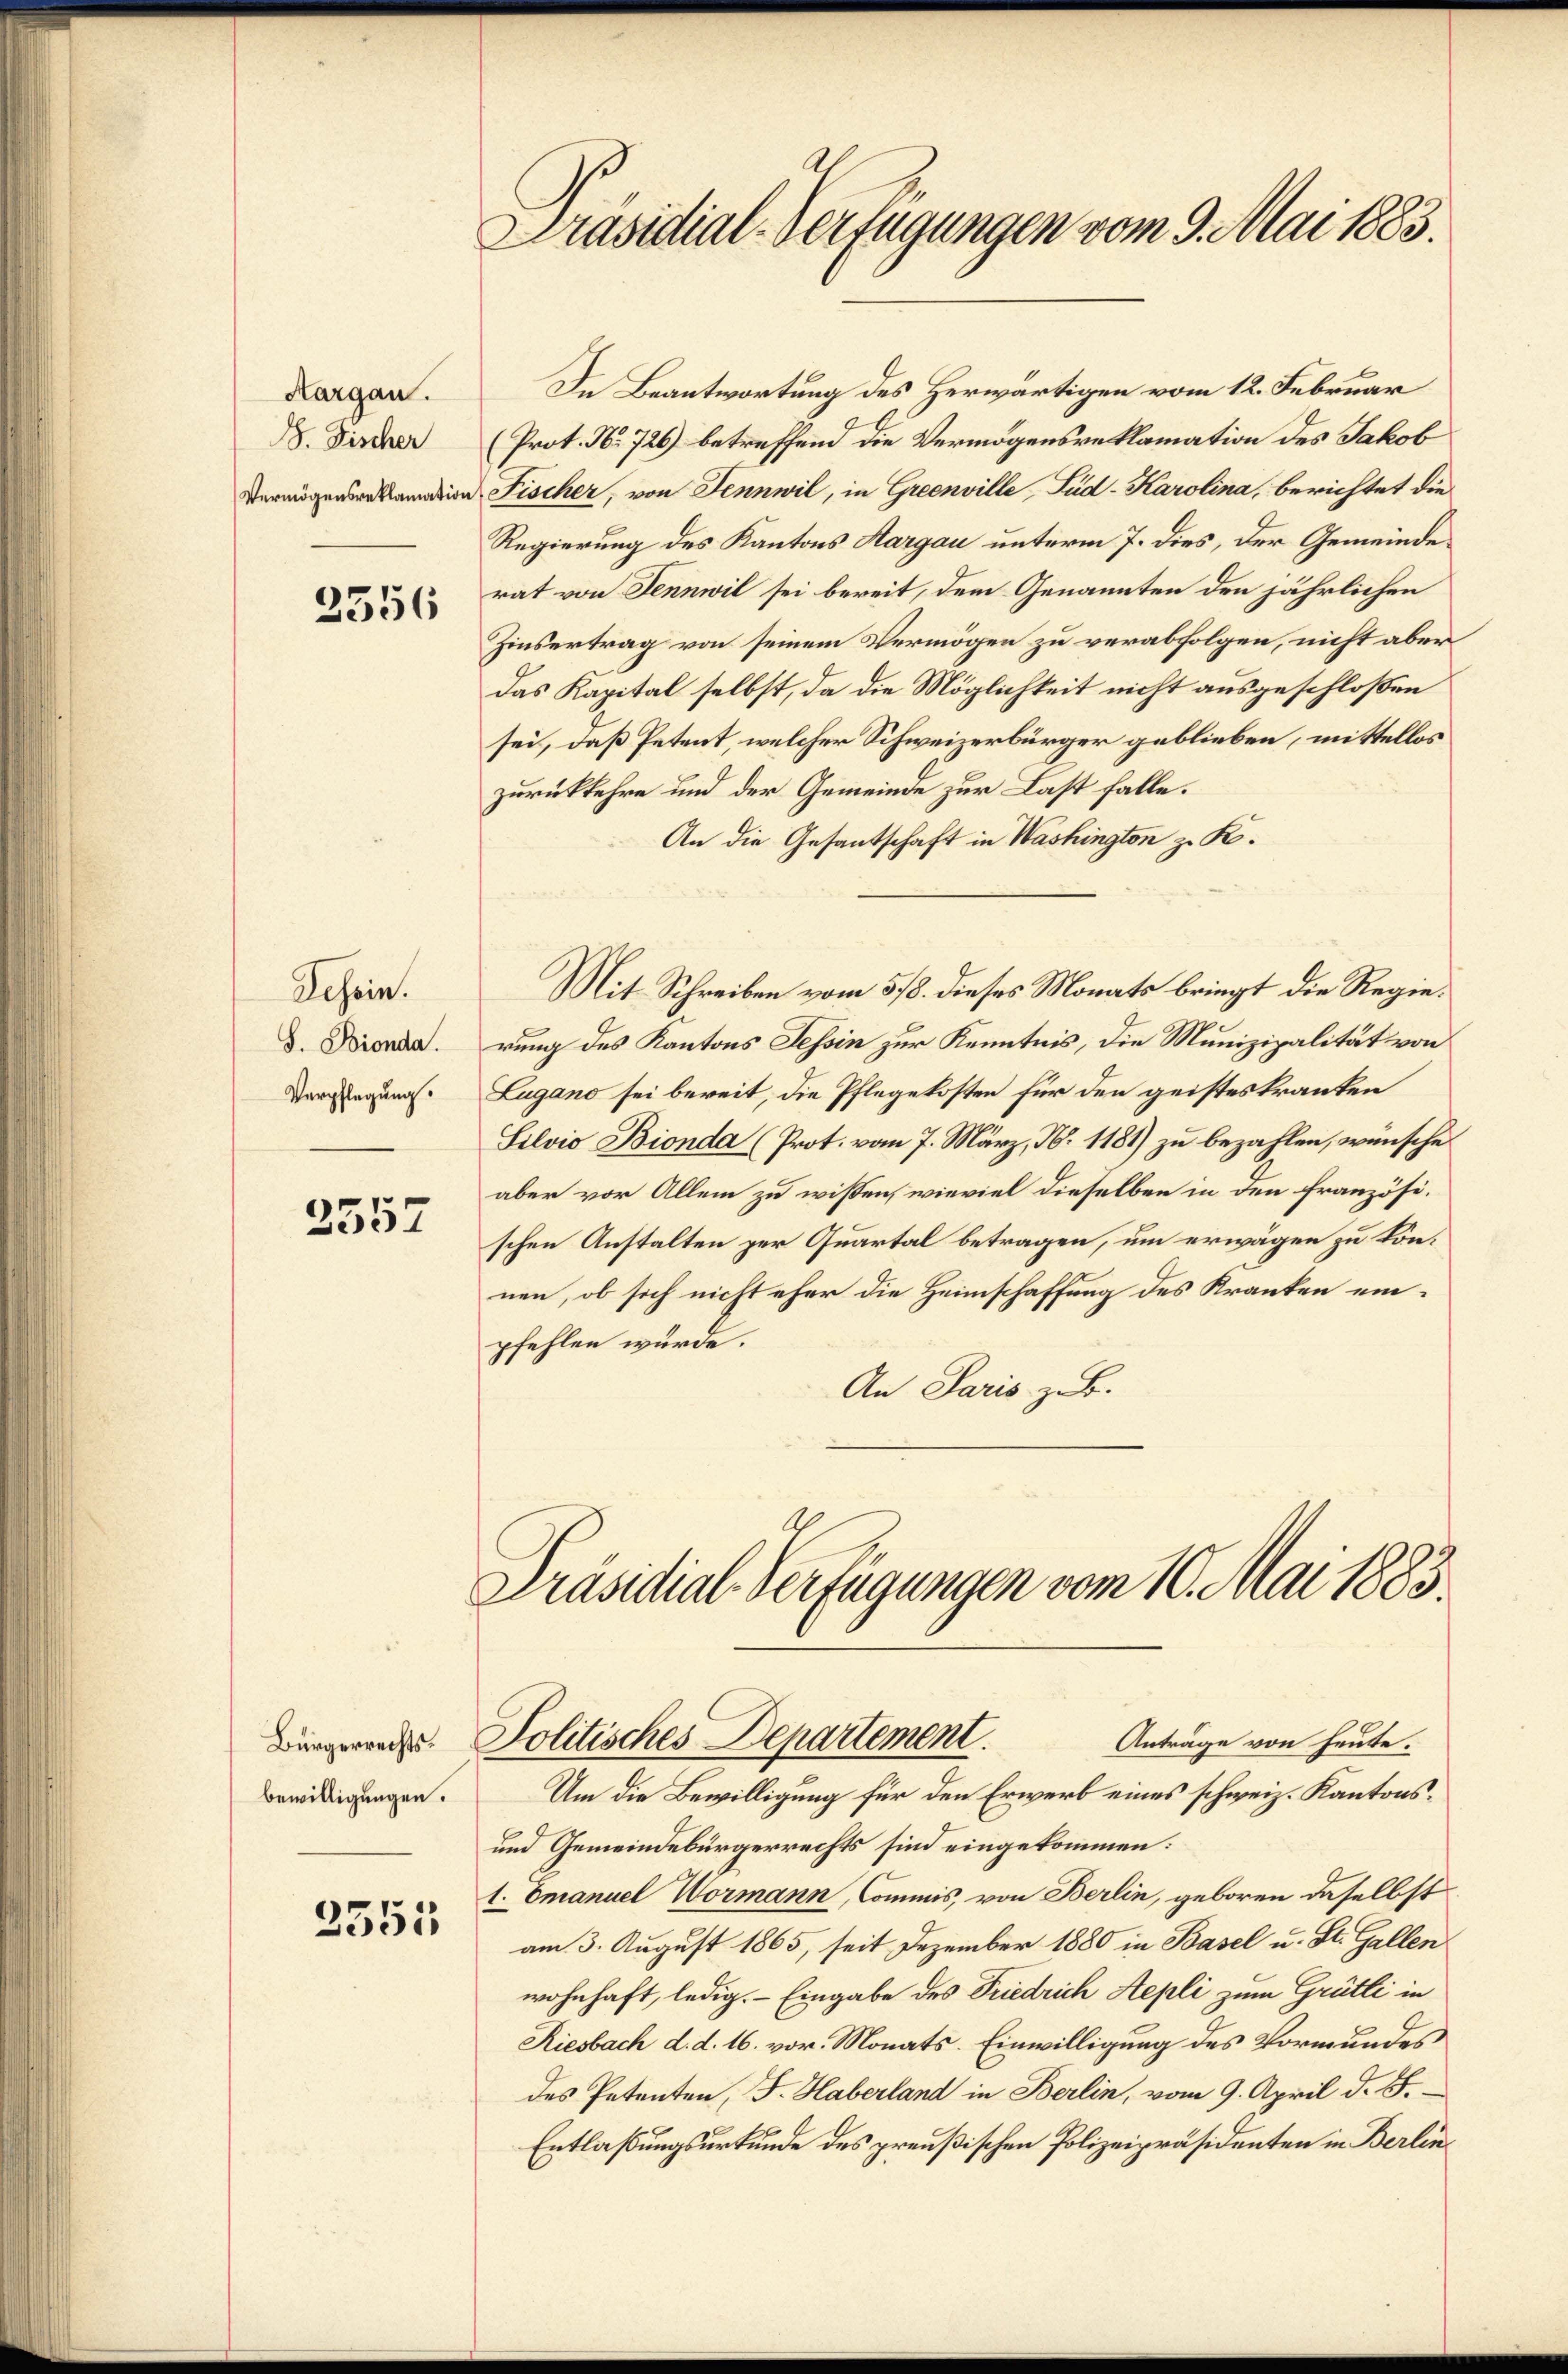
Aargau.
S. Fischer
Vermögensreklamation

2356

Schein.
S. Bionda.
Verpflegung.

2557

Bürgerrechtsbewilligungen.

2355

Präsidial-Verfügungen vom 9. Mai 1883.

In Beantwortung des Herwärtigen vom 12. Februar
(Prot. No 726) betreffend die Vermögensreklamation des Jakob
Fischer, von Fennwil, in Greenville, Süd-Karolina, berichtet die
Regierung des Kantons Aargau unterm 7. dies, der Gemeinderat von Jennwil sei bereit, dem Genannten den jährlichen
Zinsertrag von seinem Vermögen zu verabfolgen, nicht aber
das Kapital selbst, da die Möglichkeit nicht ausgeschloßen
sei, daß Petent, welcher Schweizerbürger geblieben, mittellos
zurückkehre und der Gemeinde zur Last falle.
An die Gesantschaft in Washington zu K.
Mit Schreiben vom 518. dieses Monats bringt die Regierung des Kantons Tessin zur Kenntnis, die Munizipalität von
Lugano sei bereit, die Pflegekosten für den geistes kranken
Silvio Bionda (Prot. vom 7. März, N. 1181) zu bezahlen, wünsche
aber vor Allem zu wissen, wieviel dieselben in den französischen Anstalten per Quartal betragen, um erwägen zu können, ob sich nicht eher die Heimschaffung des Kranken einpfehlen würde.
An Paris z. B.

Präsidial-Verfügungen vom 10. Mai 1883.
Politisches Departement.
Anträge von heute.
Um die Bewilligung für den Erwerb eines schweiz. Kantons¬

und Gemeindebürgerrechts sind eingekommen:
1. Emanuel Wormann, Commis, von Berlin, geboren daselbst
am 3. August 1865, seit Dezember 1880 in Basel u. St. Gallen
wohnhaft, ledig. – Eingabe des Friedrich Aepli zum Grütli in
Riesbach d. d. 16. vor. Monats. Einwilligung des Vormundes
des Petenten, F. Haberland in Berlin, vom 9. April d. 8.
Entlaßungsurkunde des preußischen Polizeipräsidenten in Berlin¬